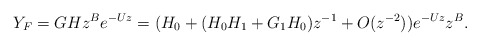
\begin{align*} Y_{F}=GHz^{B}e^{-Uz}=(H_{0}+(H_{0}H_{1}+G_{1}H_{0})z^{-1}+O(z^{-2}))e^{-Uz}z^{B}. \end{align*}